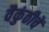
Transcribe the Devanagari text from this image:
वैकुंठीचें